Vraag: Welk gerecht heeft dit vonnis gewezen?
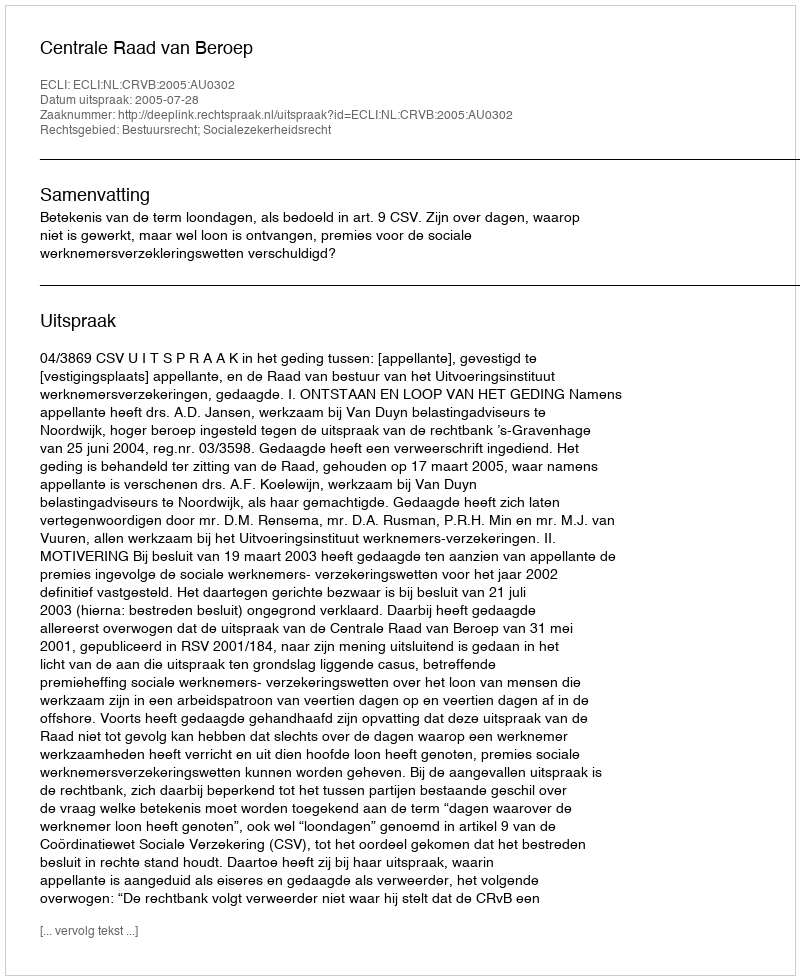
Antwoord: Centrale Raad van Beroep